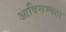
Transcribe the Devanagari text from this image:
आदिसभ्‍यता